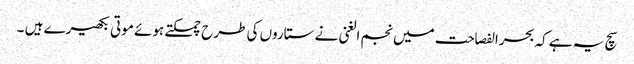
سچ یہ ہے کہ بحرالفصاحت میں نجم الغنی نے ستاروں کی طرح چمکتے ہوئے موتی بکھیرے ہیں ۔